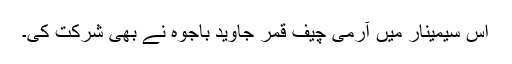
اس سیمینار میں آرمی چیف قمر جاوید باجوہ نے بھی شرکت کی۔